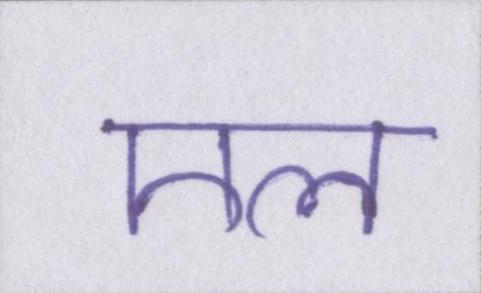
एल